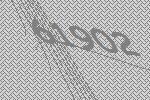
61902